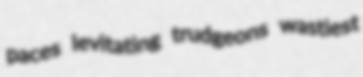
paces levitating trudgeons wastiest